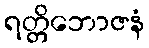
ရတ္တိဘောဇနံ